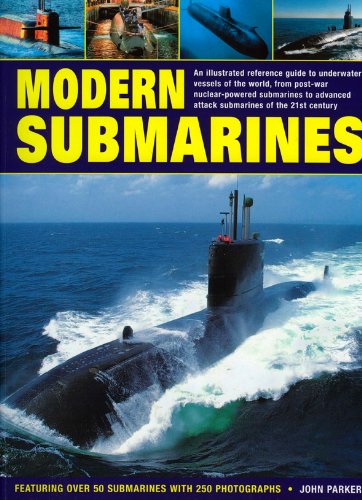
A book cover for Modern Submarines: An Illustrated Reference Guide to Underwater Vessels of the World, from Post-War Nuclear-Powered Submarines to Advanced Attack ... Over 50 Submarines with 250 Photographs; John Parker; Engineering & Transportation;